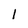
Character: l